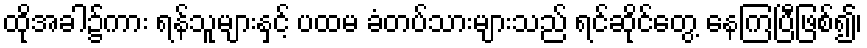
ထိုအခါ၌ကား ရန်သူများနှင့် ပထမ ခံတပ်သားများသည် ရင်ဆိုင်တွေ့ နေကြပြီဖြစ်၍၊